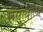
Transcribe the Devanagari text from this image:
लेसोथोला